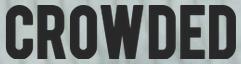
CROWDED